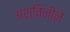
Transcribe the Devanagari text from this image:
अश्विनींने